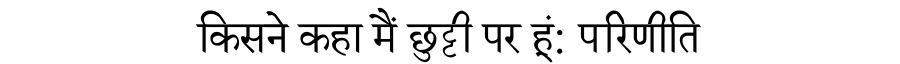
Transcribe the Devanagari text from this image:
किसने कहा मैं छुट्टी पर हूं: परिणीति